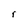
Character: r